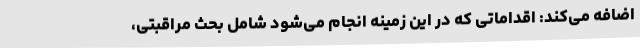
اضافه می‌کند: اقداماتی که در این زمینه انجام می‌شود شامل بحث مراقبتی،